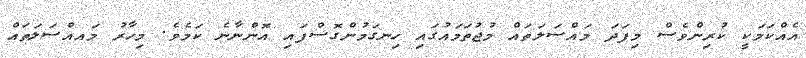
އެއްކަމަކީ ކުރިންވެސް މިފަދަ މައްސަލަތައް މުޖުތަމައުގައި ހިނގަމުންގޮސްފައި އޮންނާނެ ކަމެވެ. މިހާރު މައއްސަލަތައް